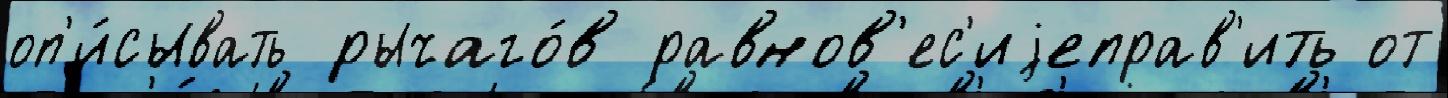
оп'и́сывать рычаго́в равнов'ес'иjеправ'ить от